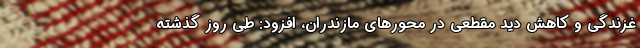
غزندگی و کاهش دید مقطعی در محورهای مازندران، افزود: طی روز گذشته